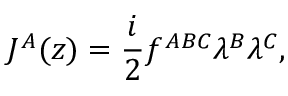
J ^ { A } ( z ) = \frac { i } { 2 } f ^ { A B C } \lambda ^ { B } \lambda ^ { C } ,